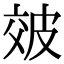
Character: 㿰